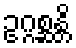
ဥဂ္ဂစ္ဆန္တိ